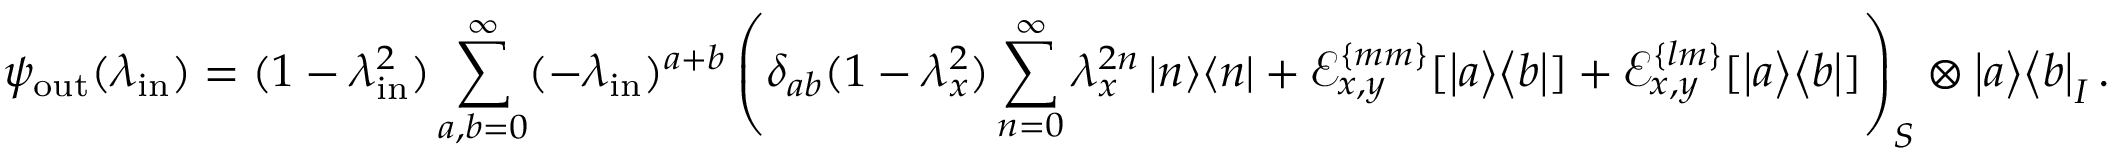
\psi _ { \mathrm { o u t } } ( \lambda _ { \mathrm { i n } } ) = ( 1 - \lambda _ { \mathrm { i n } } ^ { 2 } ) \sum _ { a , b = 0 } ^ { \infty } ( - \lambda _ { \mathrm { i n } } ) ^ { a + b } \left( \delta _ { a b } ( 1 - \lambda _ { x } ^ { 2 } ) \sum _ { n = 0 } ^ { \infty } \lambda _ { x } ^ { 2 n } \left| n \middle > \middle < n \right| + \mathcal { E } _ { x , y } ^ { \{ m m \} } [ \left| a \middle > \middle < b \right| ] + \mathcal { E } _ { x , y } ^ { \{ l m \} } [ \left| a \middle > \middle < b \right| ] \right) _ { S } \otimes \left| a \middle > \middle < b \right| _ { I } .